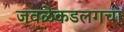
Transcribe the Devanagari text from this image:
जवळेकडलगचा